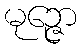
မုဉ္ဇော